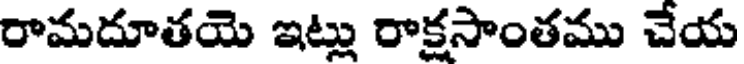
రామదూతయె ఇట్లు రాక్షసాంతము చేయ